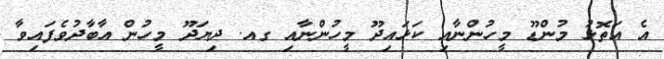
އެ އަތޮޅު މުންޑޫ މީހުންނާއި ކަޅައިދޫ މީހުންނާއި ގއ. ދިޔަދޫ މީހުން އާބާދުވެފައިވާ